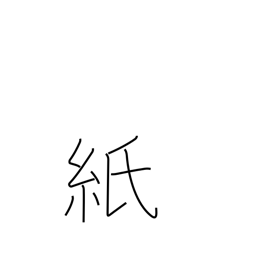
Meaning: paper